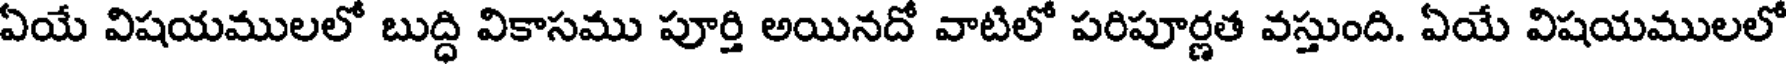
ఏయే విషయములలో బుద్ధి వికాసము పూర్తి అయినదో వాటిలో పరిపూర్ణత వస్తుంది. ఏయే విషయములలో